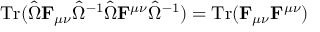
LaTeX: \operatorname { T r } ( { \hat { \Omega } } \mathbf { F } _ { \mu \nu } { \hat { \Omega } } ^ { - 1 } { \hat { \Omega } } \mathbf { F } ^ { \mu \nu } { \hat { \Omega } } ^ { - 1 } ) = \operatorname { T r } ( \mathbf { F } _ { \mu \nu } \mathbf { F } ^ { \mu \nu } )